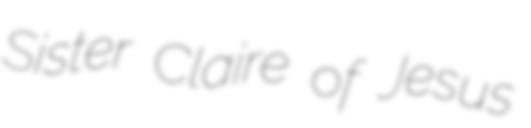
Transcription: Sister Claire of Jesus